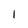
Character: 1